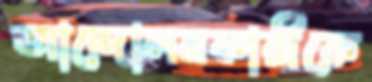
আন্দোলনকারীকে